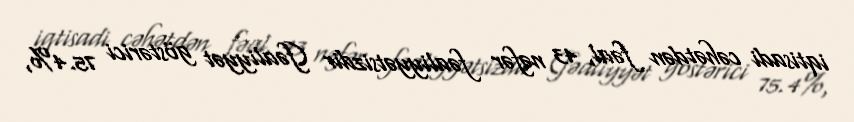
iqtisadi cəhətdən fəal, 43 nəfər fəaliyyətsizdir (fəaliyyət göstərici 75.4%,